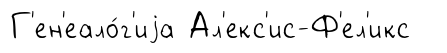
Г'ен'еало́г'иjа Ал'екс'ис-Ф'ел'икс